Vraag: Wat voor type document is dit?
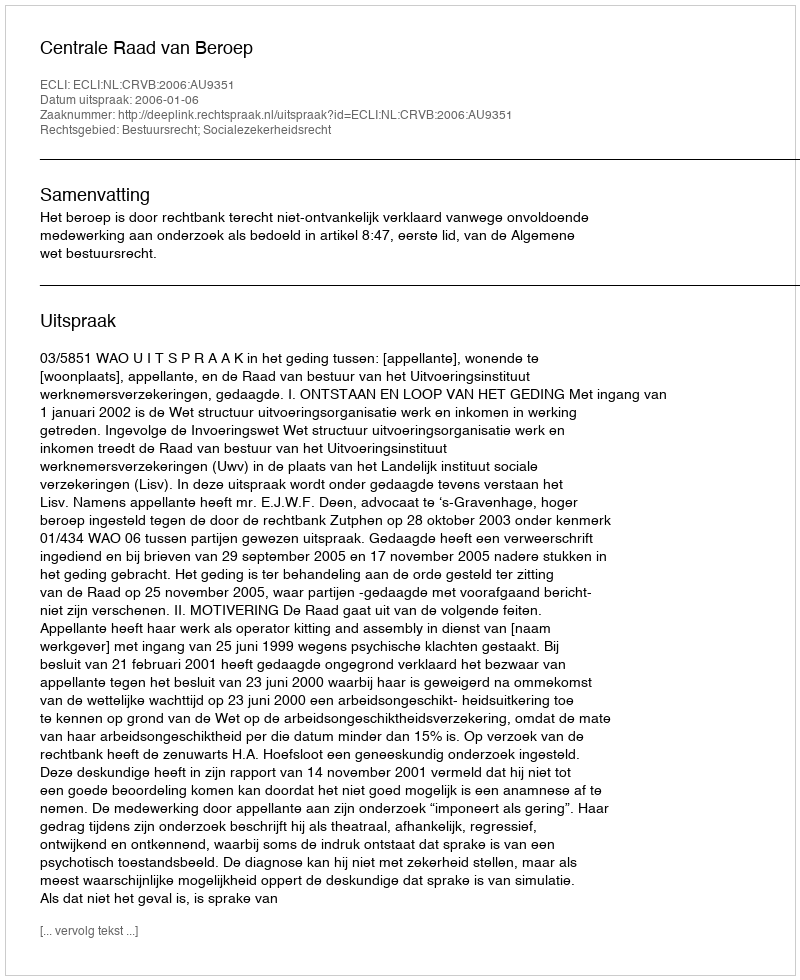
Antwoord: Uitspraak